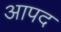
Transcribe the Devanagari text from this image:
आपद